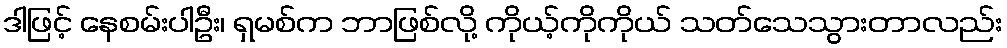
ဒါဖြင့် နေစမ်းပါဦး၊ ရှမစ်က ဘာဖြစ်လို့ ကိုယ့်ကိုကိုယ် သတ်သေသွားတာလည်း